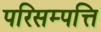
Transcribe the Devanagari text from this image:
परिसम्‍पत्ति